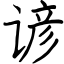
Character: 谚